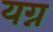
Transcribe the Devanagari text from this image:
यग्न